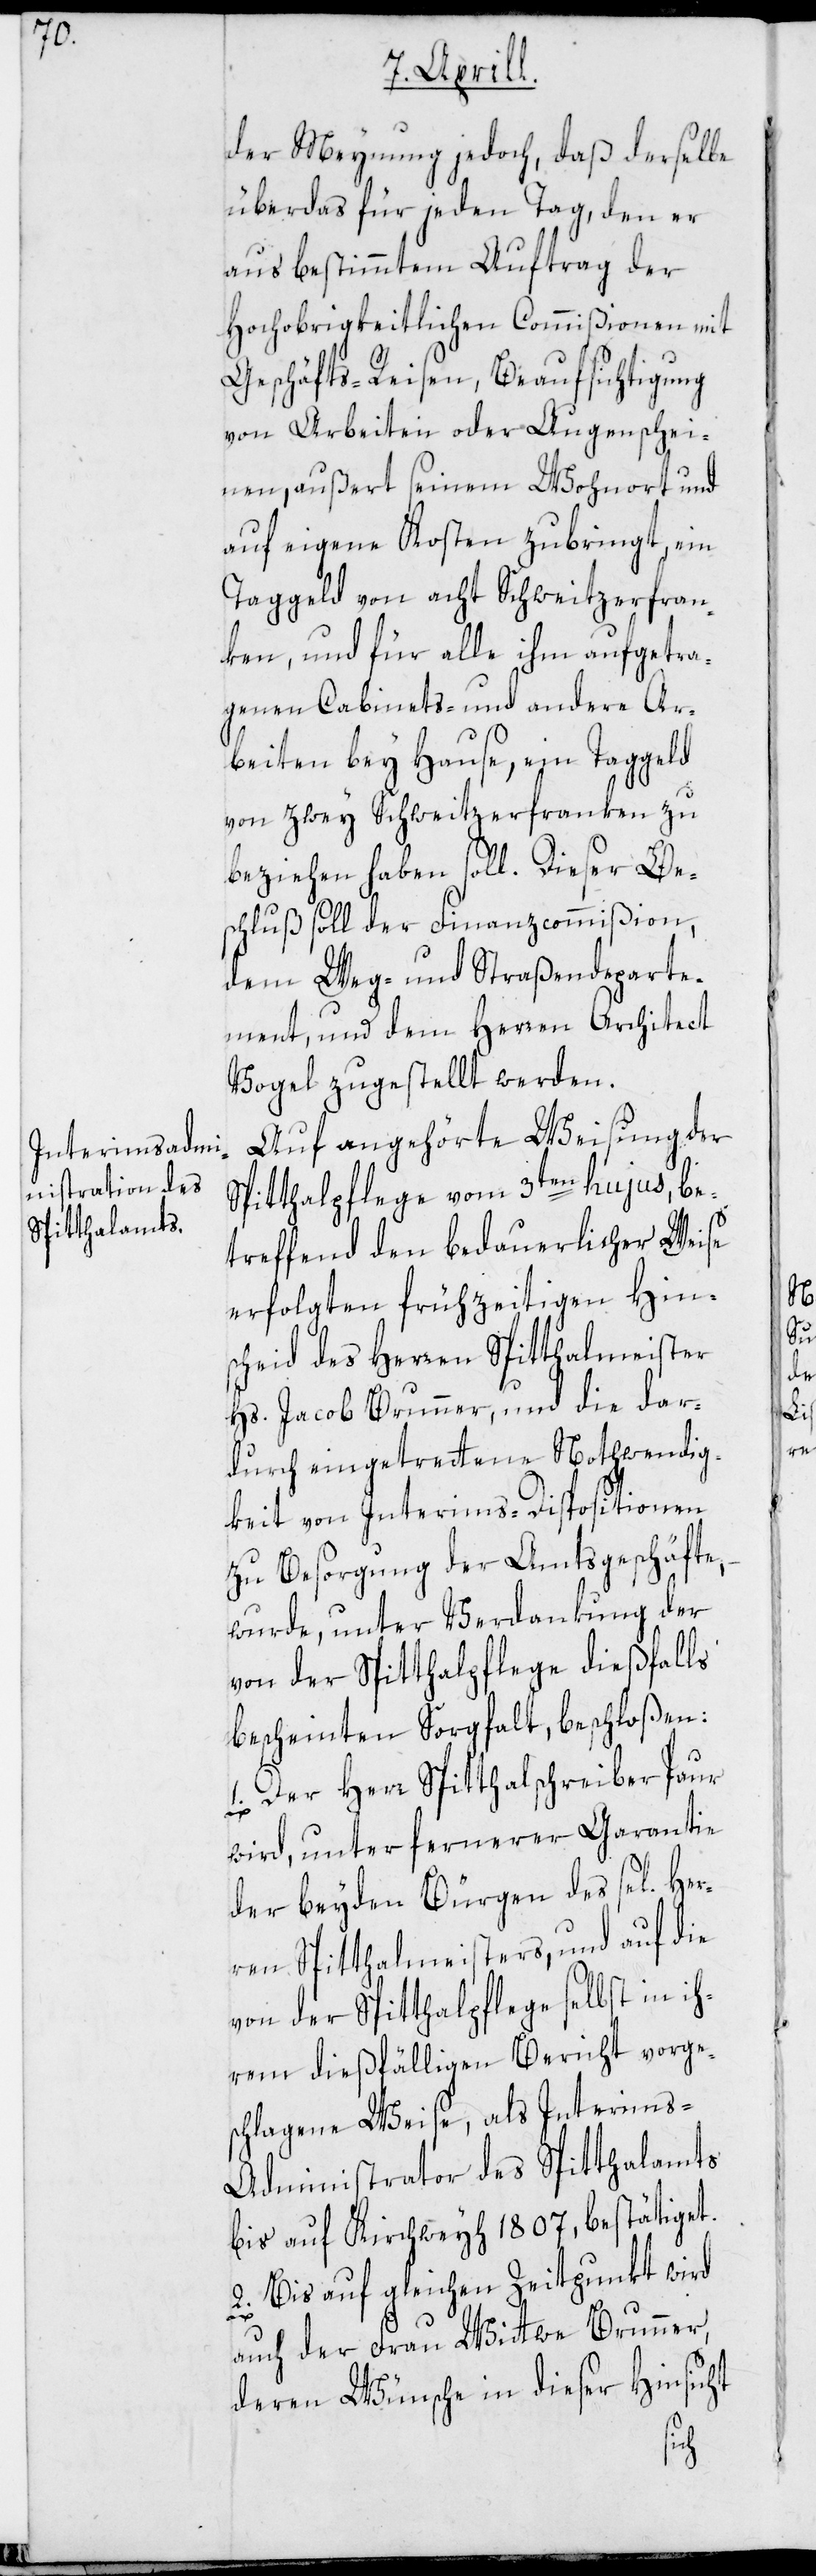
der Meynung jedoch, daß derselbe
überdas für jeden Tag, den er
aus bestimmtem Auftrag der
Hochobrigkeitlichen Commißionen mit
Geschäfts-Reisen, Beaufsichtigung
von Arbeiten oder Augenschei¬
nen, außert seinem Wohnort und
auf eigene Kosten zubringt, ein
Taggeld von acht Schweitzerfran¬
ken, und für alle ihm aufgetra¬
genen Cabinets- und andere Ar¬
beiten bey Hause, ein Taggeld
von zwey Schweitzerfranken zu
beziehen haben soll. Dieser Be¬
schluß soll der Finanzcommißion,
dem Weg- und Straßendeparte¬
ment und dem Herren Architect
Vogel zugestellt werden.
Auf angehörte Weisung der
Spitthalpflege vom 3ten hujus, be¬
treffend den bedauerlicher Weise
erfolgten frühzeitigen Hin¬
scheid des Herren Spitthalmeister
Hs. Jacob Brunner, und die dar¬
durch eingetretene Nothwendig¬
keit von Interims-Dispositionen
zu Besorgung der Amtsgeschäfte,
wurde, unter Verdankung der
von der Spitthalpflege dießfalls
bescheinten Sorgfalt, beschloßen:
1. Der Herr Spitthalschreiber Paur
wird, unter fernerer Garantie
der beyden Bürgen des sel. Her¬
ren Spitthalmeisters, und auf die
von der Spitthalpflege selbst in ih¬
rem dießfälligen Bericht vorge¬
schlagene Weise, als Interims-A¬
dministrator des Spitthalamts
bis auf Kirchweyh 1807, bestätiget.
2. Bis auf gleichen Zeitpunkt wird
auch der Frau Wittwe Brunner,
deren Wünsche in dieser Hinsicht